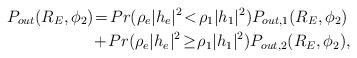
LaTeX: \begin{align*}P_{out}(R_{E},\phi_{2}) &\!=\!Pr(\rho_e|h_{e}|^{2}\!<\!\rho_1|h_{1}|^{2})P_{out,1}(R_{E},\phi_{2})\\&\!+\!Pr(\rho_e|h_{e}|^{2}\!\geq\!\rho_1|h_{1}|^{2})P_{out,2}(R_{E},\phi_{2}),\end{align*}